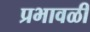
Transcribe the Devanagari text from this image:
प्रभावळी